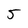
Character: 5